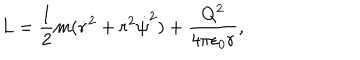
L = { \frac { 1 } { 2 } } m ( { \dot { r } } ^ { 2 } + r ^ { 2 } { \dot { \psi } } ^ { 2 } ) + { \frac { Q ^ { 2 } } { 4 \pi \epsilon _ { 0 } r } } ,